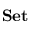
\mathbf { S e t }